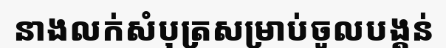
នាងលក់សំបុត្រសម្រាប់ចូលបង្គន់